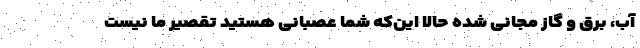
آب، برق و گاز مجانی شده حالا این‌که شما عصبانی هستید تقصیر ما نیست